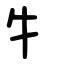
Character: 牜